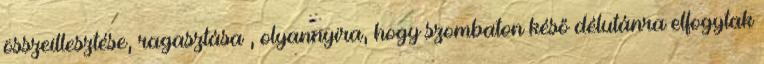
összeillesztése, ragasztása , olyannyira, hogy szombaton késő délutánra elfogytak